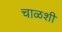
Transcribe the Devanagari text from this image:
चाळशी